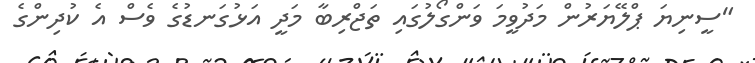
"ސީނިޔަ ޕްލޭޔަރުން މަދުވީމަ ވަންގޯލުގައި ތަޖްރިބާ މަދީ އަޅުގަނޑުގެ ވެސް އެ ކުދިންގެ